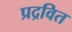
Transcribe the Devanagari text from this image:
प्रद्रवित